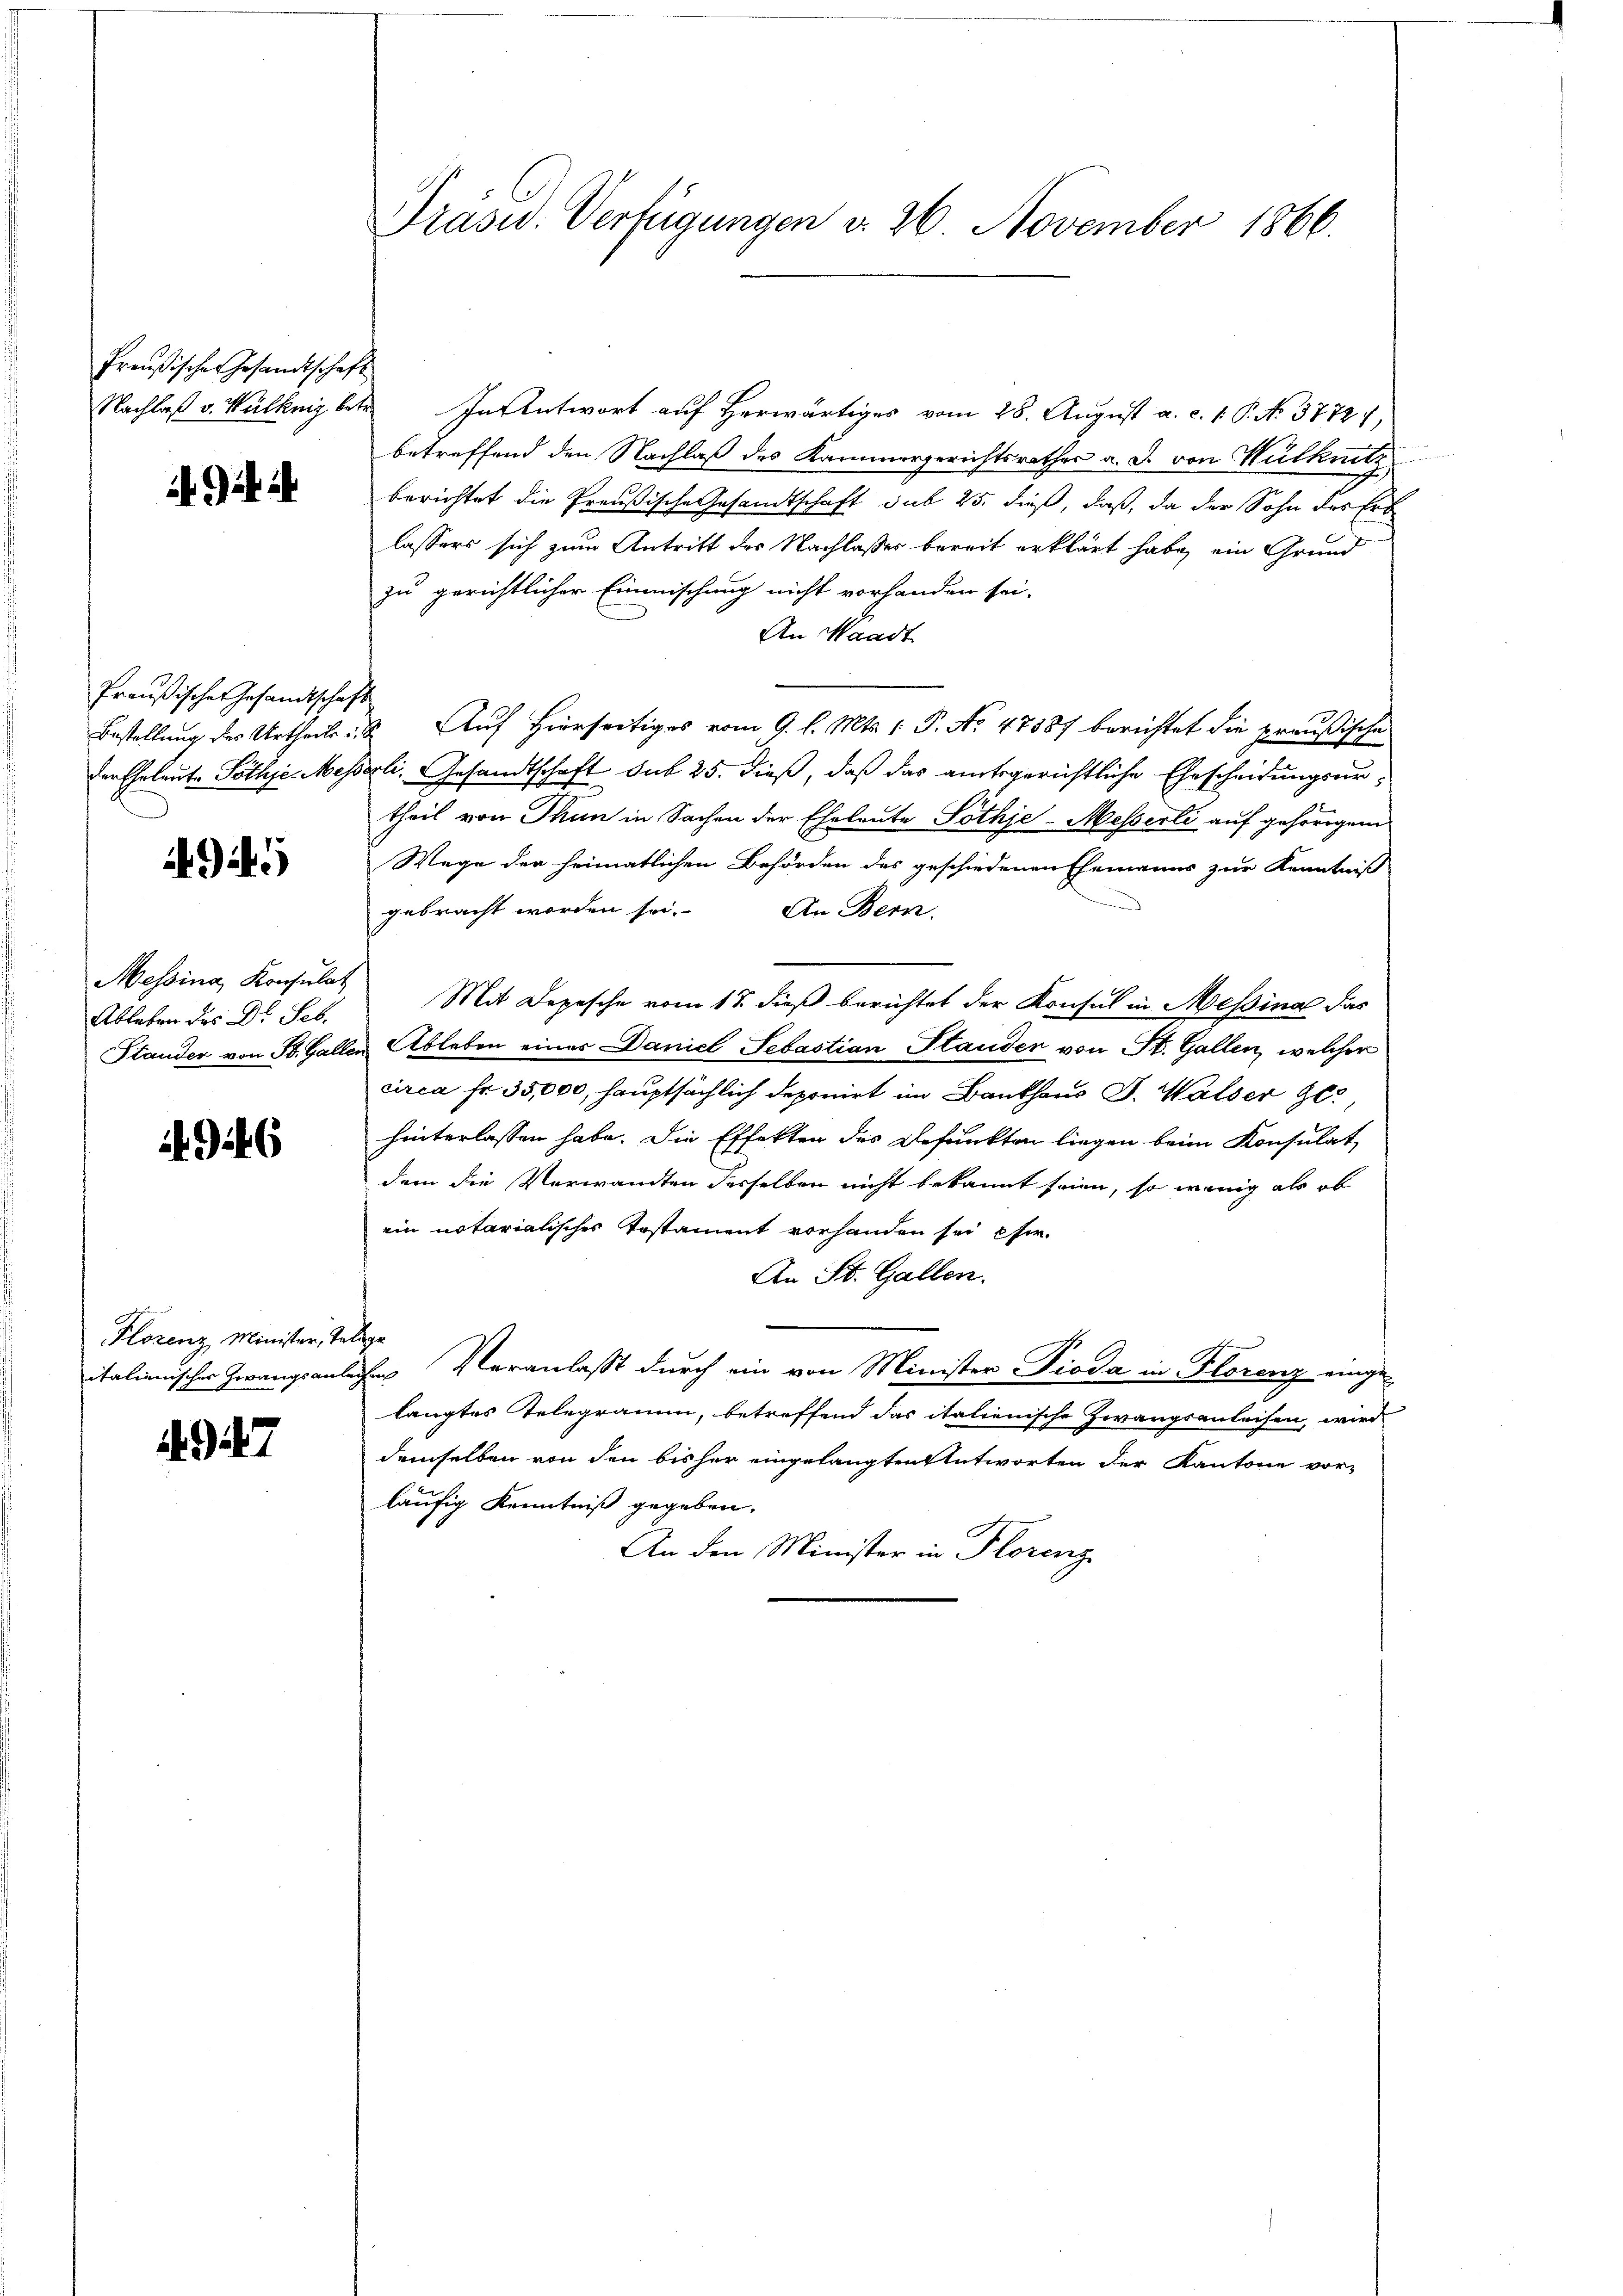
Preußische Gesandtschaft
Nachlaß v. Wulknig betre

Preußischer Gesandtschaft
Bestellung des Urtheils
der Eheleute Pöthser Mess¬

4945

Messina, Konsulat
Ableben des Dr. Seb.
Stander von St. Galle

926

Florenz, Minister, Te
italienischer Zwangsans

97

Präsid. Verfügungen d. 26 November 1866.

In Antwort auf Herwärtiges vom 28. August a. c. 1. P. N. 37727,
betreffend den Nachlaß des Kammergerichtsrathes a. d. von Hülknitz
berichtet die Preußische Gesandtschaft sub 25. dieß, daß, da der Sohn des Erb
lassers sich zum Antritt des Nachlasses bereit erklärt habe, ein Grund
zu gerichtlicher Einmischung nicht vorhanden sei.
An Waadt
 Auf hierseitiges vom 9. l. Mts. 1 P. No 47387 berichtet die preußische
ali. Gesandtschaft sub 25. dieß, daß das amtsgerichtliche Ehescheidungsurtheil von Thun in Sachen der Eheleute Lothje-Messerli auf gehörigem
Wege der heimatlichen Behörden des geschiedenen Ehemanns zur Kenntnis
gebracht worden sei. An Bern.
Mit Depesche vom 18. dieß berichtet der Konsul in Messina das
Ableben einer Daniel Sebastian Plauder von St. Gallen, welcher
circa Fr. 35,000, hauptsächlich deponirt im Bankhaus J. Walser 90
hinterlassen habe. Die Effekten des Befunkten liegen beim Konsulat,
dem die Verwandten derselben nicht bekannt seien, so wenig als ob
ein notarialisches Testament vorhanden sei eher.
An St. Gallen.
9.4.
Veranlaßt durch ein von Minister Pioda in Florenz eingeke
langtes Telegramm, betreffend das italienische Zwangsanleisen, wird
demselben von den bisher eingelangten Antworten der Kantone vor-
läufig Kenntniß gegeben.
An den Minister in Florenz